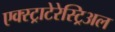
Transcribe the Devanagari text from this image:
एक्स्ट्राटेरेस्ट्रिअल